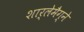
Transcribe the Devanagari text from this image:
शार्लेमैग्ने